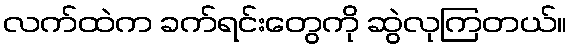
လက်ထဲက ခက်ရင်းတွေကို ဆွဲလုကြတယ်။